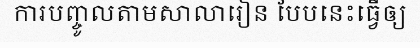
ការបញ្ចូលតាមសាលារៀន បែបនេះធ្វើឲ្យ